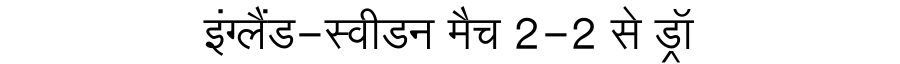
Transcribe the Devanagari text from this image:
इंग्लैंड-स्वीडन मैच 2-2 से ड्रॉ